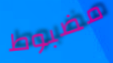
مضبوط